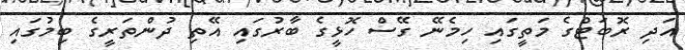
އަދި ރޮބަޓްގެ މަތީގައި ހިމެނޭ ގޭސް ހޮޅީގެ ބާރުގައި އޭތި ދުންތަރީގެ ބިމުގައި